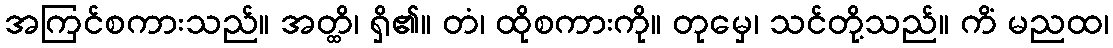
အကြင်စကားသည်။ အတ္ထိ၊ ရှိ၏။ တံ၊ ထိုစကားကို။ တုမှေ၊ သင်တို့သည်။ ကိံ မညထ၊